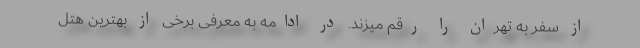
از سفر به تهران را رقم میزند. در ادامه به معرفی برخی از بهترین هتل